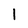
Character: l